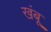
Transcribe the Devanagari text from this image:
खंबू